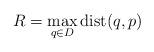
LaTeX: \begin{align*}R=\max_{q\in D} {\rm dist}(q,p)\end{align*}